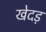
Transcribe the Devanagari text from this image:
खेदड़